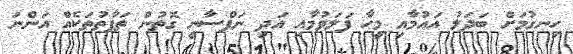
ހިނގުމަށް ބަދަލު އައުމާއި މީހާ ފަލަވުމާއި އަދި ނަފްސާނީ ގޮތުން ތަފާތުތަކެއް އަންނަ